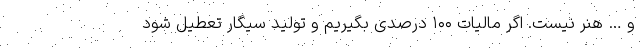
و … هنر نیست. اگر مالیات ۱۰۰ درصدی بگیریم و تولید سیگار تعطیل شود